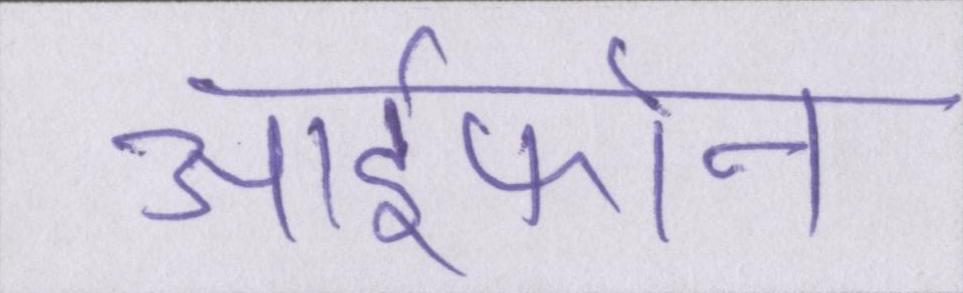
आईफोन